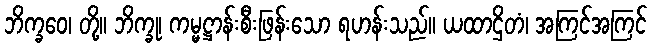
ဘိက္ခဝေ၊ တို့။ ဘိက္ခု၊ ကမ္မဋ္ဌာန်းစီးဖြန်းသော ရဟန်းသည်။ ယထာဌိတံ၊ အကြင်အကြင်